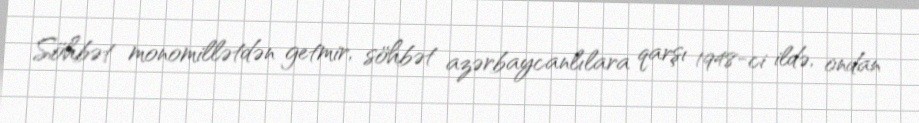
Söhbət monomillətdən getmir, söhbət azərbaycanlılara qarşı 1948-ci ildə, ondan